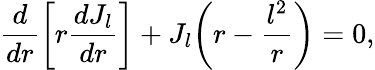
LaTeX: \frac{d}{dr}\bigg[r\frac{dJ_{l}}{dr}\bigg]+J_{l}\bigg(r-\frac{l^{2}}{r}\bigg)=0,